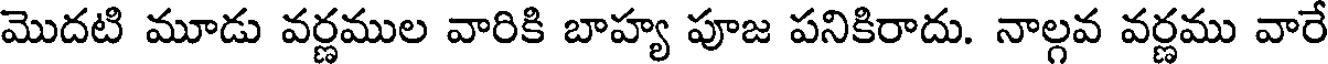
మొదటి మూడు వర్ణముల వారికి బాహ్య పూజ పనికిరాదు. నాల్గవ వర్ణము వారే